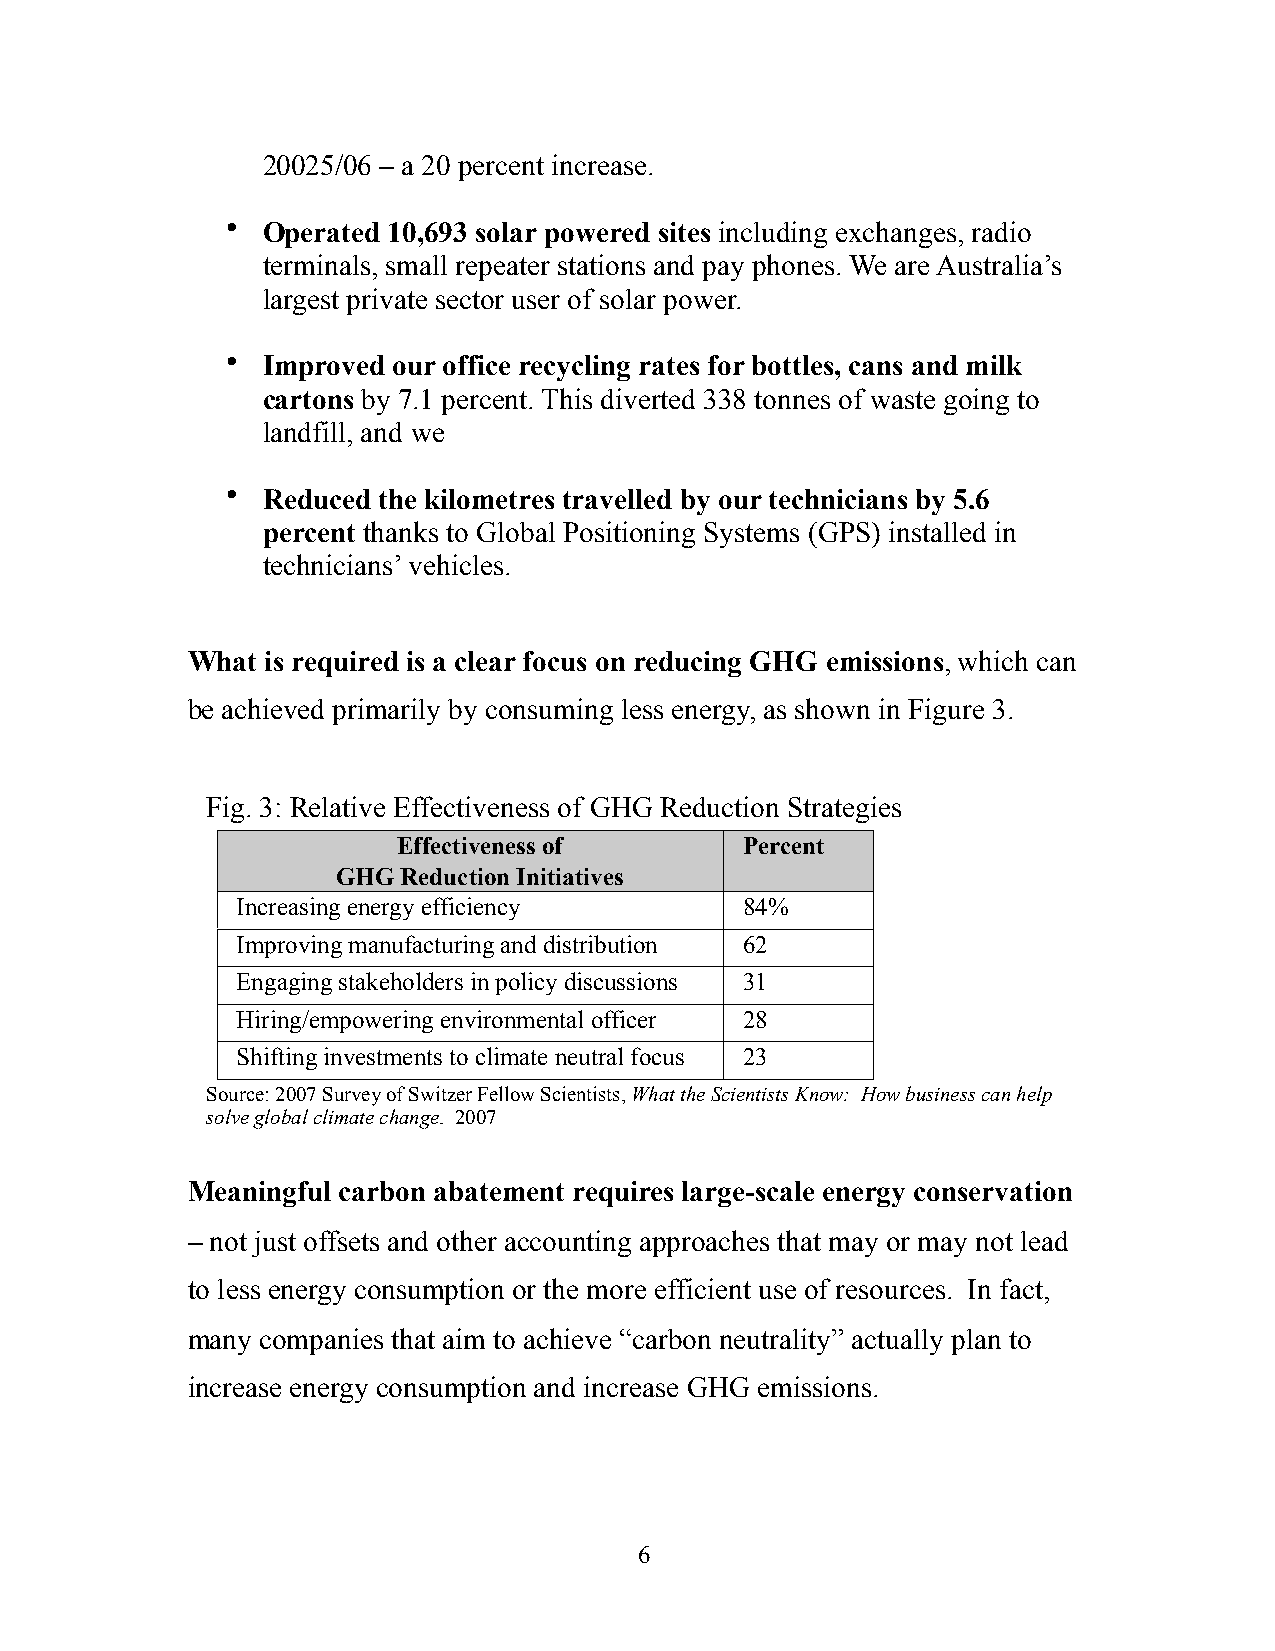
20025/06 – a 20 percent increase.
 • Operated 10,693 solar powered sites including exchanges, radio
 terminals, small repeater stations and pay phones. We are Australia’s
 largest private sector user of solar power.
 • Improved our office recycling rates for bottles, cans and milk
 cartons by 7.1 percent. This diverted 338 tonnes of waste going to
 landfill, and we
 • Reduced the kilometres travelled by our technicians by 5.6
 percent thanks to Global Positioning Systems (GPS) installed in
 technicians’ vehicles.
 What  is required is a clear focus on reducing GHG emissions, which can
 be achieved primarily by consuming less energy, as shown in Figure 3.
 Fig. 3: Relative Effectiveness of GHG Reduction Strategies
 Effectiveness of       Percent
 GHG  Reduction Initiatives
 Increasing energy efficiency     84%
 Improving manufacturing and distribution 62
 Engaging stakeholders in policy discussions 31
 Hiring/empowering environmental officer 28
 Shifting investments to climate neutral focus 23
 Source: 2007 Survey of Switzer Fellow Scientists, What the Scientists Know: How business can help
 solve global climate change. 2007
 Meaningful carbon abatement requires large-scale energy conservation
 – not just offsets and other accounting approaches that may or may not lead
 to less energy consumption or the more efficient use of resources. In fact,
 many companies that aim to achieve “carbon neutrality” actually plan to
 increase energy consumption and increase GHG emissions.
 6